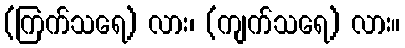
(ကြက်သရေ) လား၊ (ကျက်သရေ) လား။